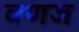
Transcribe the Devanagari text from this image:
वणज